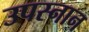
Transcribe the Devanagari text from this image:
उपस्नान